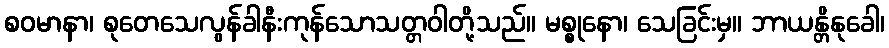
စဝမာနာ၊ စုတေသေလွန်ခါနီးကုန်သောသတ္တဝါတို့သည်။ မစ္စုနော၊ သေခြင်းမှ။ ဘာယန္တိနုခေါ၊